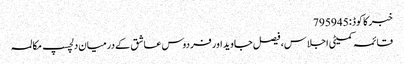
خبر کا کوڈ : 795945
قائمہ کمیٹی اجلاس، فیصل جاوید اور فردوس عاشق کے درمیان دلچسپ مکالمہ